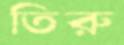
তিরু